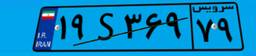
۹۱S۰۲۸۵۶